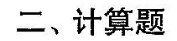
二、计算题